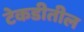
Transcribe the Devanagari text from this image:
टेकडीतील